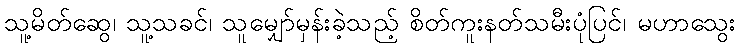
သူ့မိတ်ဆွေ၊ သူ့သခင်၊ သူမျှော်မှန်းခဲ့သည့် စိတ်ကူးနတ်သမီးပုံပြင်၊ မဟာသွေး